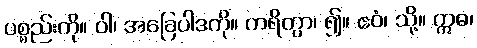
ပစ္စည်းကို။ ဝါ၊ အခြေပါဒကို။ ကရိတွာ၊ ၍။ ဧဝံ၊ သို့။ ဣဓ၊